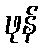
ဖုန်